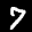
Label: 7